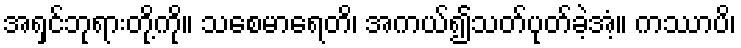
အရှင်ဘုရားတို့ကို။ သစေမာရေတိ၊ အကယ်၍သတ်ပုတ်ခဲ့အံ့။ ကဿာပိ၊